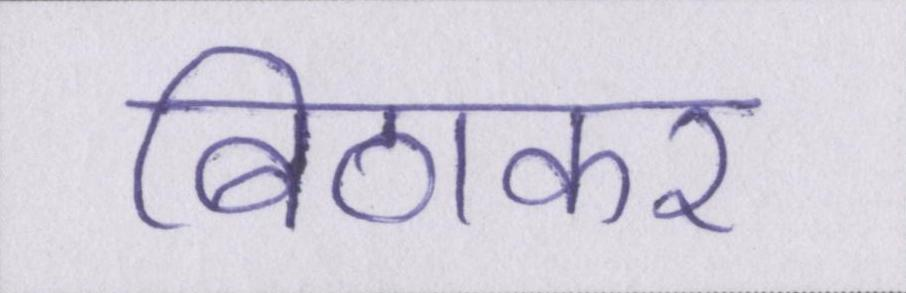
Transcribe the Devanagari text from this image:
बिठाकर